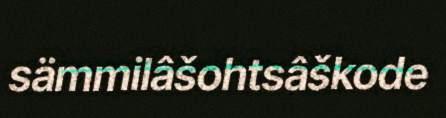
sämmilâšohtsâškode